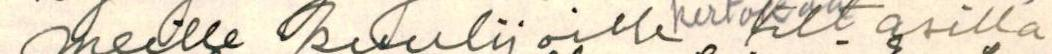
meille kuulijoille. Iltasilla